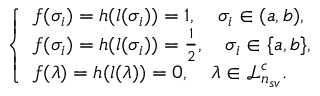
\left\{ \begin{array} { l l } { f ( \sigma _ { i } ) = h ( l ( \sigma _ { i } ) ) = 1 , \quad \sigma _ { i } \in ( a , b ) , } \\ { f ( \sigma _ { i } ) = h ( l ( \sigma _ { i } ) ) = \frac { 1 } { 2 } , \quad \sigma _ { i } \in \{ a , b \} , } \\ { f ( \lambda ) = h ( l ( \lambda ) ) = 0 , \quad \lambda \in \mathcal { L } _ { n _ { s v } } ^ { c } . } \end{array} \right.